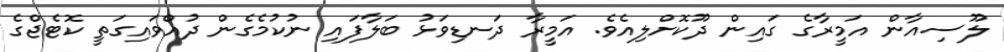
ލޫސިއާން އަމީރާގެ ގައިން ދޫކޮށްލިއެވެ. އަމީރާ ދަނޑިވަޅު ބަލާފައި ނުކުމެގެން ދުއްވައިގަތީ ކޮޓެޖްގެ